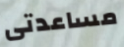
مساعدتى